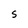
Character: S